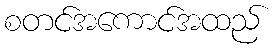
စတင်အကောင်အထည်